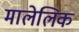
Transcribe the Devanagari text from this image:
मालेलिक